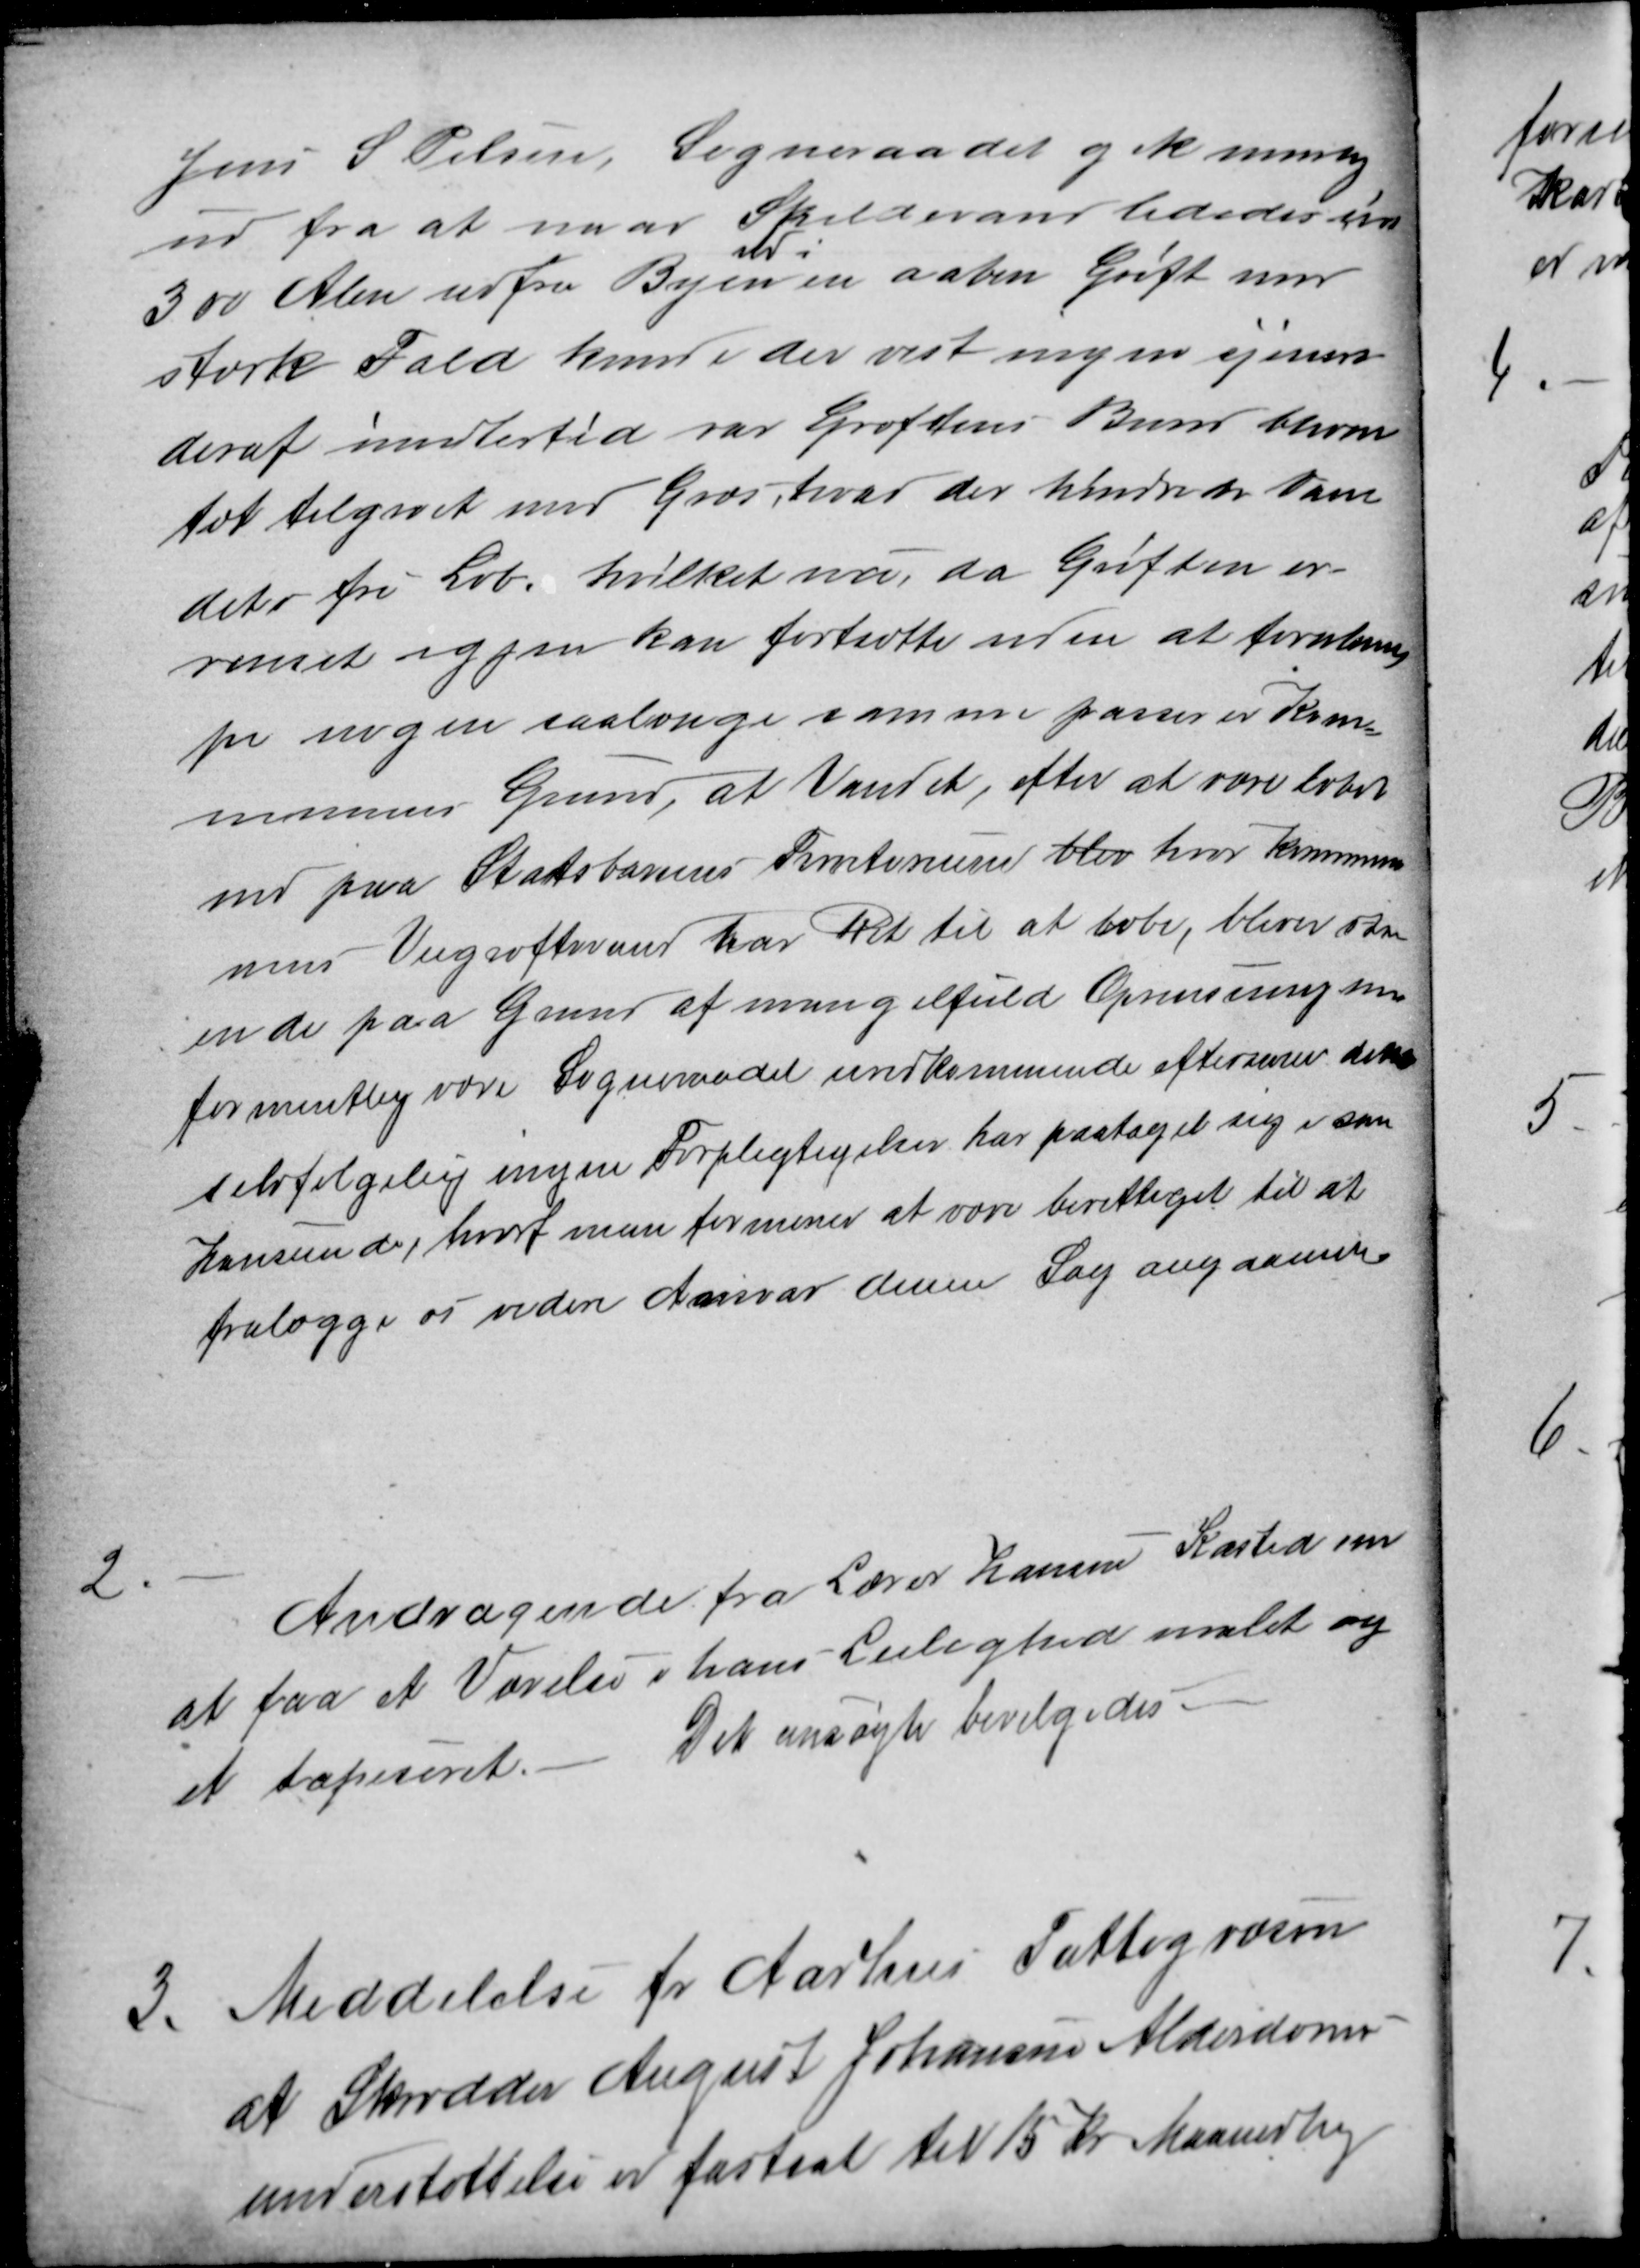
Transskription:
Jens S. Pelsen, Sogneraadet gik nemlig
ud fra at naar Spildevand lededes sin
300 Alen udfra Byen
ud i
en aaben Grøft med
stærk Fald kunde der vist ingen sjeneres
deraf imidlertid var Grøftens Bund bleven
tæt tilgroet med Græs, hvad der hindrede Van
dets fri Løb. hvilket nu, da Grøften er
renset igjen kan fortsætte uden at forulem-
pe nogen saalænge samme passerer Kom-
munens Grund, at Vandet, efter at være løbet
ind paa Statsbanens Privaterum blev hvor Kommu
nens Veigrøftevand har Ret til at løbe, bliver
ende paa Grund af mangelfuld Oprensning som
formentlig være Sogneraadet uvedkommende eftersom dette
selvfølgelig ingen Forpligtigelser har paataget sig i saa
Henseende, hvoraf man formener at være berettiget til at
fralægge os videre Ansvar denne Sag angaaende.
2
Andragende fra Lærer Hansen Kasted om
at faa et Værelse i hans Leilighed malet og
et tapeseret. - Det ansøgte bevilgedes.
3. Meddelelse fr Aarhus Fattigvæsen
3. Meddelelse fr Aarhus Fattigvæsen
at Skrædder August Johansens Alderdoms-
understøttelse er fastsat til 15 Kr Maanedlig